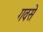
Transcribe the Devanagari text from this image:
गवसे